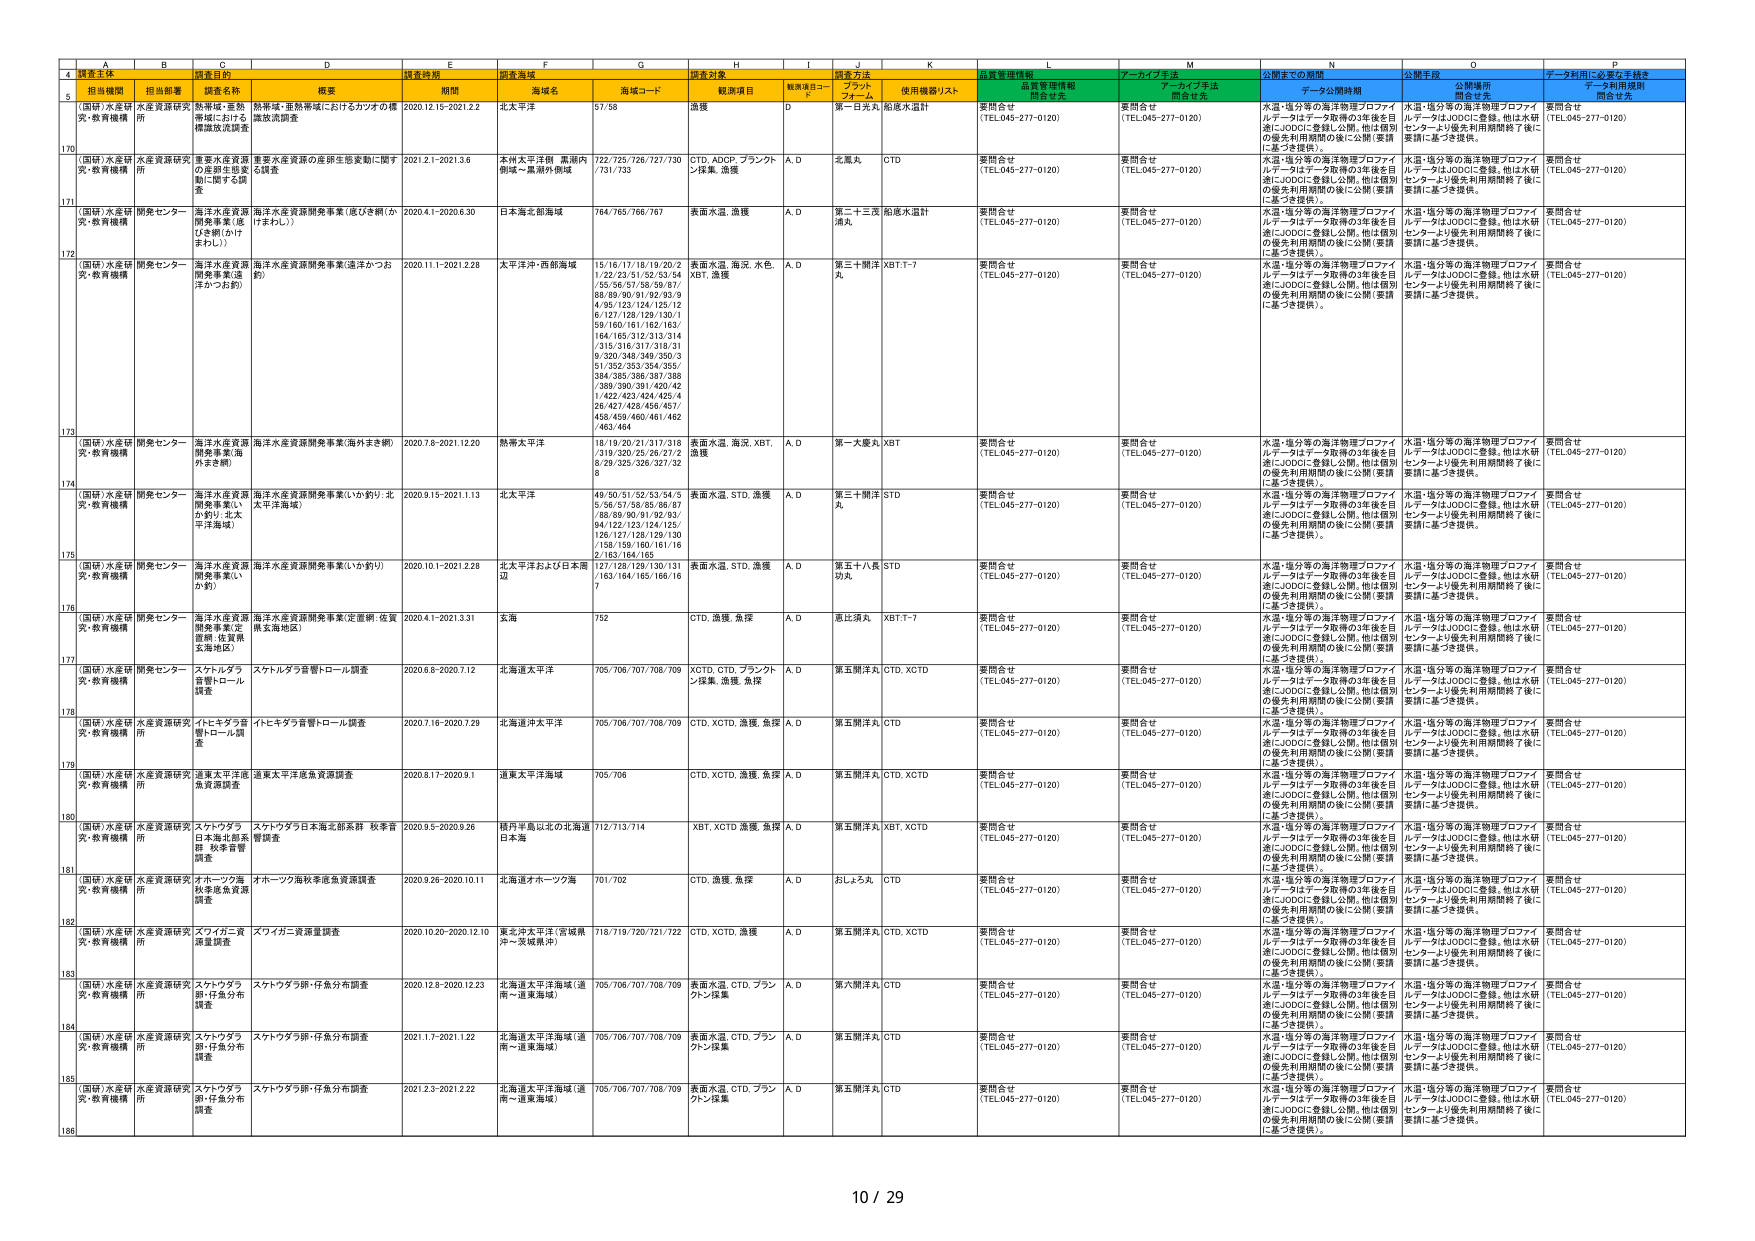
4 調査主体 調査目的 調査時期 調査海域 調査対象 調査方法 品質管理情報 アーカイブ手法 公開するの期間 公開手段 データ利用に必要な手続き
A B C D E F G H I J K L M N O P
担当機関 担当部署 調査名称 概要 期間 海域名 海域コード 観測項目 観測項目コード プラット フォーム 使用機器/リスト 開示有无 アーカイブ手法 開示有无 データ公開時期 公開場所 データ利用規則
5 (国研)水産研 究・教育機構 水産資源研究 所 熱帯域・亜熱 帯域における 標識放流調査 熱帯域・亜熱帯域におけるカツオの標 識放流調査 2020.12.15-2021.2.2 北太平洋 57/58 漁獲 D 第一日光丸 船尾水温計 要問合せ (TEL.045-277-0120) 要問合せ (TEL.045-277-0120) 水温・塩分等の海洋物理プロファイ ルデータはデータ取得の3年後を目 指しJODCに登録し公開。他は個別 の優先利用期間の後に公開（要請 に基づき提供）。 水温・塩分等の海洋物理プロファイ ルデータはJODCに登録。他は水研 センターより優先利用期間終了後に 要請に基づき提供。 要問合せ (TEL.045-277-0120)
170 (国研)水産研 究・教育機構 水産資源研究 所 重要水産資源 の走部生態変 動に関する調 査 重要水産資源の産卵生態変動に関す る調査 2021.2.1-2021.3.6 本州太平洋側 黒潮内 側域～黒潮外側域 722/725/726/727/730 /731/733 CTD, ADCP, ブランクト ン採集, 漁獲 A, D 北風丸 CTD 要問合せ (TEL.045-277-0120) 要問合せ (TEL.045-277-0120) 水温・塩分等の海洋物理プロファイ ルデータはデータ取得の3年後を目 指しJODCに登録し公開。他は個別 の優先利用期間の後に公開（要請 に基づき提供）。 水温・塩分等の海洋物理プロファイ ルデータはJODCに登録。他は水研 センターより優先利用期間終了後に 要請に基づき提供。 要問合せ (TEL.045-277-0120)
171 (国研)水産研 究・教育機構 開発センター 海洋水産資源 開発事業(ま びき網(かけ まわし)) 海洋水産資源開発事業(まびき網(か けまわし)) 2020.4.1-2020.6.30 日本海北部海域 764/765/766/767 表面水温, 漁獲 A, D 第二十三号 漁丸 船尾水温計 要問合せ (TEL.045-277-0120) 要問合せ (TEL.045-277-0120) 水温・塩分等の海洋物理プロファイ ルデータはデータ取得の3年後を目 指しJODCに登録し公開。他は個別 の優先利用期間の後に公開（要請 に基づき提供）。 水温・塩分等の海洋物理プロファイ ルデータはJODCに登録。他は水研 センターより優先利用期間終了後に 要請に基づき提供。 要問合せ (TEL.045-277-0120)
172 (国研)水産研 究・教育機構 開発センター 海洋水産資源 開発事業(遠 洋かつお釣) 海洋水産資源開発事業(遠洋かつお 釣) 2020.11.1-2021.2.28 太平洋沖・西部海域 15/16/17/18/19/20/2 1/22/23/51/52/53/54 /55/56/57/58/59/67/ 68/69/90/91/92/93/9 4/95/123/124/125/12 6/127/128/129/130/1 59/160/161/162/163/ 164/165/312/313/314 /315/316/317/318/31 9/320/348/349/350/3 51/352/353/354/355/ 384/385/386/387/388 /389/390/391/420/42 1/422/423/424/425/4 26/427/428/456/457/ 458/459/460/461/462 /463/464 表面水温, 海況, 水色, XBT, 漁獲 A, D 第三十開洋丸 XBT-1-7 要問合せ (TEL.045-277-0120) 要問合せ (TEL.045-277-0120) 水温・塩分等の海洋物理プロファイ ルデータはデータ取得の3年後を目 指しJODCに登録し公開。他は個別 の優先利用期間の後に公開（要請 に基づき提供）。 水温・塩分等の海洋物理プロファイ ルデータはJODCに登録。他は水研 センターより優先利用期間終了後に 要請に基づき提供。 要問合せ (TEL.045-277-0120)
173 (国研)水産研 究・教育機構 開発センター 海洋水産資源 開発事業(海 外全き網) 海洋水産資源開発事業(海外まき網) 2020.7.6-2021.12.20 熱帯太平洋 18/19/20/21/317/318 /319/320/25/26/27/2 8/29/325/326/327/32 8 表面水温, 海況, XBT, 漁獲 A, D 第一大慶丸 XBT 要問合せ (TEL.045-277-0120) 要問合せ (TEL.045-277-0120) 水温・塩分等の海洋物理プロファイ ルデータはデータ取得の3年後を目 指しJODCに登録し公開。他は個別 の優先利用期間の後に公開（要請 に基づき提供）。 水温・塩分等の海洋物理プロファイ ルデータはJODCに登録。他は水研 センターより優先利用期間終了後に 要請に基づき提供。 要問合せ (TEL.045-277-0120)
174 (国研)水産研 究・教育機構 開発センター 海洋水産資源 開発事業(い か釣り・北 太平洋域) 海洋水産資源開発事業(いか釣り・北 太平洋海域) 2020.9.15-2021.1.13 北太平洋 49/50/51/52/53/54/5 5/56/57/58/85/86/87 /88/89/90/91/92/93/ 94/122/123/124/125/ 126/127/128/129/130 /158/159/160/161/16 2/163/164/165 表面水温, STD, 漁獲 A, D 第三十開洋丸 STD 要問合せ (TEL.045-277-0120) 要問合せ (TEL.045-277-0120) 水温・塩分等の海洋物理プロファイ ルデータはデータ取得の3年後を目 指しJODCに登録し公開。他は個別 の優先利用期間の後に公開（要請 に基づき提供）。 水温・塩分等の海洋物理プロファイ ルデータはJODCに登録。他は水研 センターより優先利用期間終了後に 要請に基づき提供。 要問合せ (TEL.045-277-0120)
175 (国研)水産研 究・教育機構 開発センター 海洋水産資源 開発事業(い か釣り) 海洋水産資源開発事業(いか釣り) 2020.10.1-2021.2.28 北太平洋および日本周 辺 127/128/129/130/131 /163/164/165/166/16 7 表面水温, STD, 漁獲 A, D 第五十八員 STD 勾丸 要問合せ (TEL.045-277-0120) 要問合せ (TEL.045-277-0120) 水温・塩分等の海洋物理プロファイ ルデータはデータ取得の3年後を目 指しJODCに登録し公開。他は個別 の優先利用期間の後に公開（要請 に基づき提供）。 水温・塩分等の海洋物理プロファイ ルデータはJODCに登録。他は水研 センターより優先利用期間終了後に 要請に基づき提供。 要問合せ (TEL.045-277-0120)
176 (国研)水産研 究・教育機構 開発センター 海洋水産資源 開発事業(定 置網・佐賀県 北海地区) 海洋水産資源開発事業(定置網・佐賀 県北海地区) 2020.4.1-2021.3.31 五島 752 CTD, 漁獲, 魚探 A, D 重江須丸 XBT-1-7 要問合せ (TEL.045-277-0120) 要問合せ (TEL.045-277-0120) 水温・塩分等の海洋物理プロファイ ルデータはデータ取得の3年後を目 指しJODCに登録し公開。他は個別 の優先利用期間の後に公開（要請 に基づき提供）。 水温・塩分等の海洋物理プロファイ ルデータはJODCに登録。他は水研 センターより優先利用期間終了後に 要請に基づき提供。 要問合せ (TEL.045-277-0120)
177 (国研)水産研 究・教育機構 開発センター スナトウダラ 音響トロール 調査 スケルダラ音響トロール調査 2020.8.6-2020.7.12 北海道太平洋 705/706/707/708/709 XCTD, CTD, ブランクト ン採集, 漁獲, 魚探 A, D 第五開洋丸 CTD, XCTD 要問合せ (TEL.045-277-0120) 要問合せ (TEL.045-277-0120) 水温・塩分等の海洋物理プロファイ ルデータはデータ取得の3年後を目 指しJODCに登録し公開。他は個別 の優先利用期間の後に公開（要請 に基づき提供）。 水温・塩分等の海洋物理プロファイ ルデータはJODCに登録。他は水研 センターより優先利用期間終了後に 要請に基づき提供。 要問合せ (TEL.045-277-0120)
178 (国研)水産研 究・教育機構 水産資源研究 所 イトキダラ音 響トロール 調査 イトキダラ音響トロール調査 2020.7.16-2020.7.29 北海道沖太平洋 705/706/707/708/709 CTD, XCTD, 漁獲, 魚探 A, D 第五開洋丸 CTD 要問合せ (TEL.045-277-0120) 要問合せ (TEL.045-277-0120) 水温・塩分等の海洋物理プロファイ ルデータはデータ取得の3年後を目 指しJODCに登録し公開。他は個別 の優先利用期間の後に公開（要請 に基づき提供）。 水温・塩分等の海洋物理プロファイ ルデータはJODCに登録。他は水研 センターより優先利用期間終了後に 要請に基づき提供。 要問合せ (TEL.045-277-0120)
179 (国研)水産研 究・教育機構 水産資源研究 所 道東太平洋底 魚資源調査 道東太平洋底魚資源調査 2020.8.17-2020.9.1 道東太平洋海域 705/706 CTD, XCTD, 漁獲, 魚探 A, D 第五開洋丸 CTD, XCTD 要問合せ (TEL.045-277-0120) 要問合せ (TEL.045-277-0120) 水温・塩分等の海洋物理プロファイ ルデータはデータ取得の3年後を目 指しJODCに登録し公開。他は個別 の優先利用期間の後に公開（要請 に基づき提供）。 水温・塩分等の海洋物理プロファイ ルデータはJODCに登録。他は水研 センターより優先利用期間終了後に 要請に基づき提供。 要問合せ (TEL.045-277-0120)
180 (国研)水産研 究・教育機構 水産資源研究 所 スナトウダラ 日本海北部系 群 秋季音響 調査 スナトウダラ日本海北部系群 秋季音 響調査 2020.9.5-2020.9.26 積丹半島以北の北海道 日本海 712/713/714 XBT, XCTD, 漁獲, 魚探 A, D 第五開洋丸 XBT, XCTD 要問合せ (TEL.045-277-0120) 要問合せ (TEL.045-277-0120) 水温・塩分等の海洋物理プロファイ ルデータはデータ取得の3年後を目 指しJODCに登録し公開。他は個別 の優先利用期間の後に公開（要請 に基づき提供）。 水温・塩分等の海洋物理プロファイ ルデータはJODCに登録。他は水研 センターより優先利用期間終了後に 要請に基づき提供。 要問合せ (TEL.045-277-0120)
181 (国研)水産研 究・教育機構 水産資源研究 所 オホーツク海 秋季底魚資源 調査 オホーツク海秋季底魚資源調査 2020.9.26-2020.10.11 北海道オホーツク海 701/702 CTD, 漁獲, 魚探 A, D おしょろ丸 CTD 要問合せ (TEL.045-277-0120) 要問合せ (TEL.045-277-0120) 水温・塩分等の海洋物理プロファイ ルデータはデータ取得の3年後を目 指しJODCに登録し公開。他は個別 の優先利用期間の後に公開（要請 に基づき提供）。 水温・塩分等の海洋物理プロファイ ルデータはJODCに登録。他は水研 センターより優先利用期間終了後に 要請に基づき提供。 要問合せ (TEL.045-277-0120)
182 (国研)水産研 究・教育機構 水産資源研究 所 メイガニ資源 調査 メイガニ資源量調査 2020.10.20-2020.12.10 東北沖太平洋(宮城県 沖～茨城県沖) 718/719/720/721/722 CTD, XCTD, 漁獲 A, D 第五開洋丸 CTD, XCTD 要問合せ (TEL.045-277-0120) 要問合せ (TEL.045-277-0120) 水温・塩分等の海洋物理プロファイ ルデータはデータ取得の3年後を目 指しJODCに登録し公開。他は個別 の優先利用期間の後に公開（要請 に基づき提供）。 水温・塩分等の海洋物理プロファイ ルデータはJODCに登録。他は水研 センターより優先利用期間終了後に 要請に基づき提供。 要問合せ (TEL.045-277-0120)
183 (国研)水産研 究・教育機構 水産資源研究 所 スナトウダラ 卵・仔魚分布 調査 スナトウダラ卵・仔魚分布調査 2020.12.8-2020.12.23 北海道太平洋海域(道 南～道東海域) 705/706/707/708/709 表面水温, CTD, ブラン クトン採集 A, D 第五開洋丸 CTD 要問合せ (TEL.045-277-0120) 要問合せ (TEL.045-277-0120) 水温・塩分等の海洋物理プロファイ ルデータはデータ取得の3年後を目 指しJODCに登録し公開。他は個別 の優先利用期間の後に公開（要請 に基づき提供）。 水温・塩分等の海洋物理プロファイ ルデータはJODCに登録。他は水研 センターより優先利用期間終了後に 要請に基づき提供。 要問合せ (TEL.045-277-0120)
184 (国研)水産研 究・教育機構 水産資源研究 所 スナトウダラ 卵・仔魚分布 調査 スナトウダラ卵・仔魚分布調査 2021.1.7-2021.1.22 北海道太平洋海域(道 南～道東海域) 705/706/707/708/709 表面水温, CTD, ブラン クトン採集 A, D 第五開洋丸 CTD 要問合せ (TEL.045-277-0120) 要問合せ (TEL.045-277-0120) 水温・塩分等の海洋物理プロファイ ルデータはデータ取得の3年後を目 指しJODCに登録し公開。他は個別 の優先利用期間の後に公開（要請 に基づき提供）。 水温・塩分等の海洋物理プロファイ ルデータはJODCに登録。他は水研 センターより優先利用期間終了後に 要請に基づき提供。 要問合せ (TEL.045-277-0120)
185 (国研)水産研 究・教育機構 水産資源研究 所 スナトウダラ 卵・仔魚分布 調査 スナトウダラ卵・仔魚分布調査 2021.2.3-2021.2.22 北海道太平洋海域(道 南～道東海域) 705/706/707/708/709 表面水温, CTD, ブラン クトン採集 A, D 第五開洋丸 CTD 要問合せ (TEL.045-277-0120) 要問合せ (TEL.045-277-0120) 水温・塩分等の海洋物理プロファイ ルデータはデータ取得の3年後を目 指しJODCに登録し公開。他は個別 の優先利用期間の後に公開（要請 に基づき提供）。 水温・塩分等の海洋物理プロファイ ルデータはJODCに登録。他は水研 センターより優先利用期間終了後に 要請に基づき提供。 要問合せ (TEL.045-277-0120)
186
10 / 29